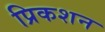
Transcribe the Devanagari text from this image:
प्रिकशन